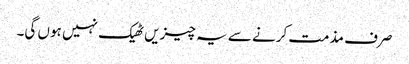
صرف مذمت کرنے سے یہ چیزیں ٹھیک نہیں ہوں گی۔